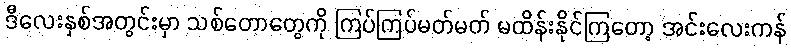
ဒီလေးနှစ်အတွင်းမှာ သစ်တောတွေကို ကြပ်ကြပ်မတ်မတ် မထိန်းနိုင်ကြတော့ အင်းလေးကန်